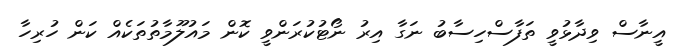
އީނާސް ވިދާޅުވީ ތަފާސްހިސާބު ނަގާ އިރު ނޯޓުކުރަންވީ ކޮން މައުލޫމާތުތަކެއް ކަން ހުރިހާ